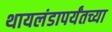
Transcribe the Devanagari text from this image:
थायलंडापर्यंतच्या